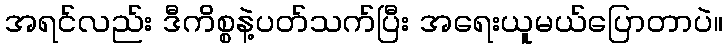
အရင်လည်း ဒီကိစ္စနဲ့ပတ်သက်ပြီး အရေးယူမယ်ပြောတာပဲ။